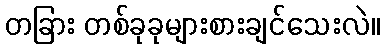
တခြား တစ်ခုခုများစားချင်သေးလဲ။